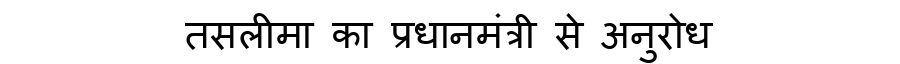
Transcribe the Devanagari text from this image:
तसलीमा का प्रधानमंत्री से अनुरोध